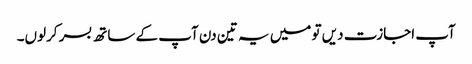
آپ اجازت دیں تو میں یہ تین دن آپ کے ساتھ بسر کرلوں۔